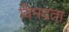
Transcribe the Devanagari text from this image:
विमदता